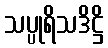
သပ္ပုရိသဒိဋ္ဌိ